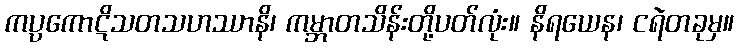
ကပ္ပကောဋိသတသဟဿာနိ၊ ကမ္ဘာတသိန်းတို့ပတ်လုံး။ နိရယေန၊ ငရဲတခုမှ။